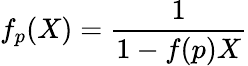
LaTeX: f_{p}(X)=\frac{1}{1-f(p)X}